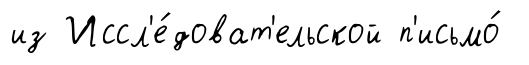
из Иссл'е́доват'ельской п'исьмо́